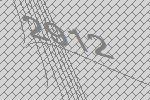
2912